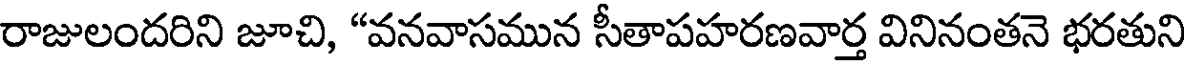
రాజులందరిని జూచి, "వనవాసమున సీతాపహరణవార్త వినినంతనె భరతుని